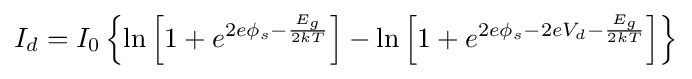
I_{d}=I_{0}\left\{\ln \left[1+e^{2e\phi _{s}-{\frac {E_{g}}{2kT}}}\right]-\ln \left[1+e^{2e\phi _{s}-2eV_{d}-{\frac {E_{g}}{2kT}}}\right]\right\}